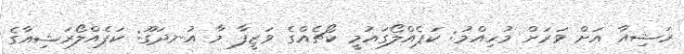
ރަޝިއާ އަށް ވަރަށް މުހިއްމު: ކަޕެއްލޯގައުމީ ކޯޗެއްގެ ވަޒީފާ މާ އުނދަގޫ: ކަޕެއްލޯރަޝިއާގެ